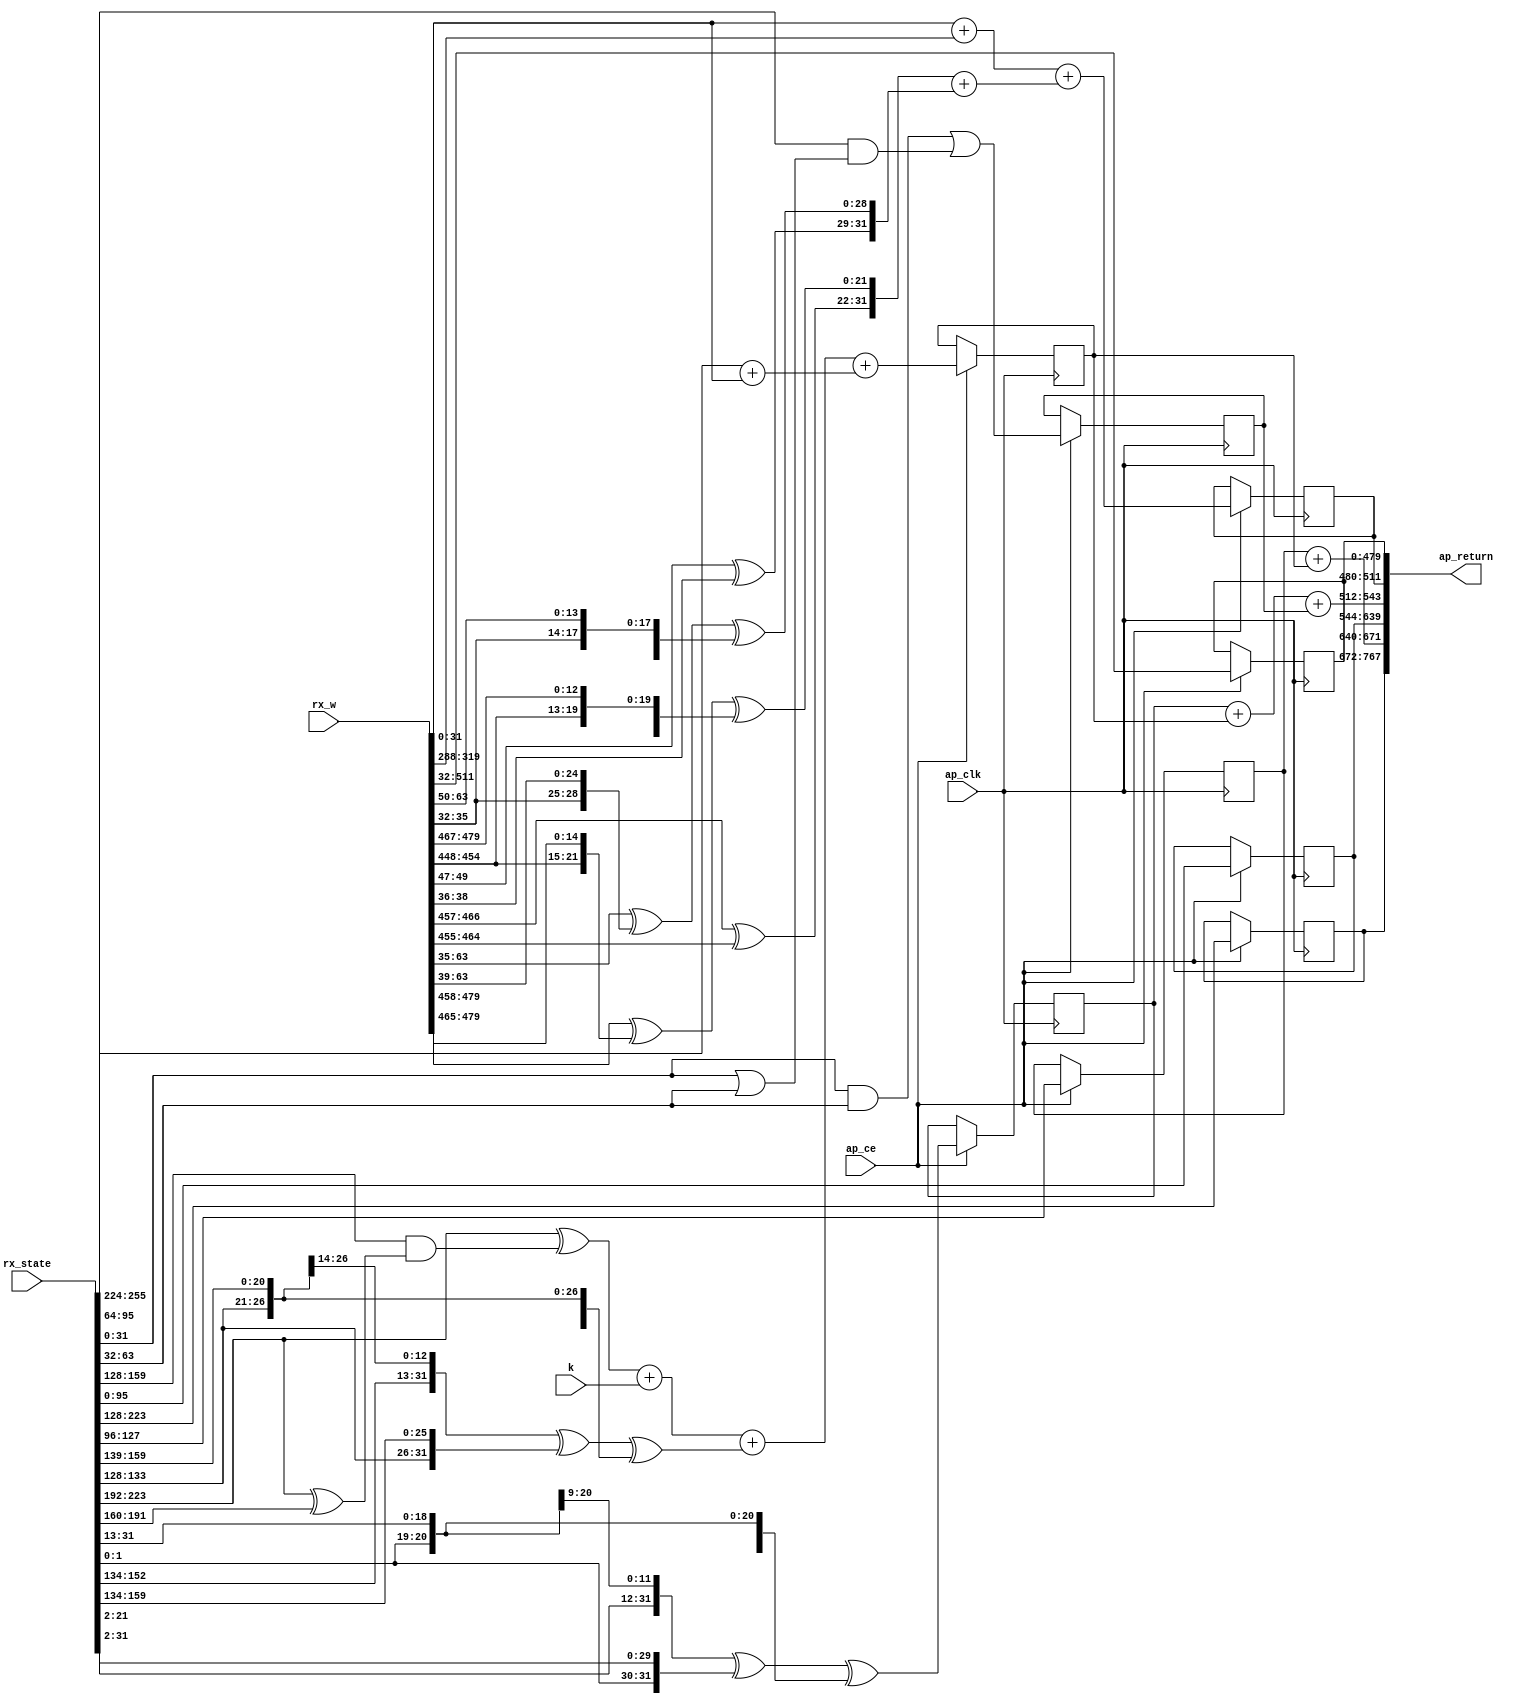
// ==============================================================
// RTL generated by Vitis HLS - High-Level Synthesis from C, C++ and OpenCL v2020.2 (64-bit)
// Version: 2020.2
// Copyright (C) Copyright 1986-2020 Xilinx, Inc. All Rights Reserved.
// 
// ===========================================================

`timescale 1 ns / 1 ps 

module sha256_fpga_sha256_digester (
        ap_clk,
        k,
        rx_state,
        rx_w,
        ap_return,
        ap_ce
);


input   ap_clk;
input  [31:0] k;
input  [255:0] rx_state;
input  [511:0] rx_w;
output  [767:0] ap_return;
input   ap_ce;

wire   [31:0] ret_fu_272_p2;
reg   [31:0] ret_reg_815;
wire    ap_block_state1_pp0_stage0_iter0;
wire    ap_block_state2_pp0_stage0_iter1;
wire    ap_block_pp0_stage0_11001;
wire   [31:0] ret_5_fu_460_p2;
reg   [31:0] ret_5_reg_820;
wire   [31:0] t1_V_fu_722_p2;
reg   [31:0] t1_V_reg_825;
wire   [31:0] new_w_V_fu_750_p2;
reg   [31:0] new_w_V_reg_831;
reg   [479:0] p_Result_27_reg_836;
reg   [31:0] p_Result_28_reg_841;
reg   [95:0] tmp_reg_846;
wire   [95:0] trunc_ln312_fu_786_p1;
reg   [95:0] trunc_ln312_reg_851;
wire    ap_block_pp0_stage0;
wire   [1:0] trunc_ln674_fu_210_p1;
wire   [29:0] p_Result_s_fu_200_p4;
wire   [12:0] trunc_ln674_1_fu_232_p1;
wire   [18:0] p_Result_6_fu_222_p4;
wire   [21:0] trunc_ln674_2_fu_254_p1;
wire   [9:0] p_Result_8_fu_244_p4;
wire   [31:0] temp0_V_fu_214_p3;
wire   [31:0] temp2_V_fu_258_p3;
wire   [31:0] xor_ln1350_fu_266_p2;
wire   [31:0] temp1_V_fu_236_p3;
wire   [5:0] p_Result_4_fu_298_p4;
wire   [25:0] p_Result_3_fu_288_p4;
wire   [10:0] p_Result_7_fu_326_p4;
wire   [20:0] p_Result_5_fu_316_p4;
wire   [24:0] p_Result_10_fu_354_p4;
wire   [6:0] p_Result_9_fu_344_p4;
wire   [31:0] temp0_V_1_fu_308_p3;
wire   [31:0] temp2_V_1_fu_364_p3;
wire   [31:0] xor_ln1350_2_fu_372_p2;
wire   [31:0] temp1_V_1_fu_336_p3;
wire   [31:0] z_V_fu_394_p4;
wire   [31:0] y_V_fu_384_p4;
wire   [31:0] ret_2_fu_404_p2;
wire   [31:0] x_V_1_fu_278_p4;
wire   [31:0] ret_3_fu_410_p2;
wire   [31:0] p_Result_11_fu_422_p4;
wire   [31:0] x_V_fu_196_p1;
wire   [31:0] p_Result_12_fu_432_p4;
wire   [31:0] or_ln1349_fu_442_p2;
wire   [31:0] and_ln1349_1_fu_454_p2;
wire   [31:0] and_ln1349_fu_448_p2;
wire   [2:0] p_Result_14_fu_476_p4;
wire   [2:0] p_Result_13_fu_466_p4;
wire   [3:0] p_Result_16_fu_502_p4;
wire   [24:0] p_Result_15_fu_492_p4;
wire   [14:0] p_Result_18_fu_530_p4;
wire   [13:0] p_Result_17_fu_520_p4;
wire   [28:0] temp1_V_2_fu_512_p3;
wire   [28:0] temp3_V_fu_548_p4;
wire   [28:0] xor_ln1350_6_fu_558_p2;
wire   [28:0] temp2_V_2_fu_540_p3;
wire   [2:0] temp0_V_2_fu_486_p2;
wire   [28:0] ret_6_fu_564_p2;
wire   [9:0] p_Result_20_fu_588_p4;
wire   [9:0] p_Result_19_fu_578_p4;
wire   [6:0] p_Result_22_fu_614_p4;
wire   [14:0] p_Result_21_fu_604_p4;
wire   [8:0] p_Result_24_fu_642_p4;
wire   [12:0] p_Result_23_fu_632_p4;
wire   [21:0] temp1_V_3_fu_624_p3;
wire   [21:0] temp3_V_1_fu_660_p4;
wire   [21:0] xor_ln1350_8_fu_670_p2;
wire   [21:0] temp2_V_3_fu_652_p3;
wire   [9:0] temp0_V_3_fu_598_p2;
wire   [21:0] ret_7_fu_676_p2;
wire   [31:0] p_Result_25_fu_690_p4;
wire   [31:0] trunc_ln674_3_fu_700_p1;
wire   [31:0] ret_4_fu_416_p2;
wire   [31:0] add_ln208_1_fu_710_p2;
wire   [31:0] ret_1_fu_378_p2;
wire   [31:0] add_ln208_2_fu_716_p2;
wire   [31:0] add_ln208_fu_704_p2;
wire   [31:0] p_Result_1_fu_682_p3;
wire   [31:0] p_Result_s_25_fu_570_p3;
wire   [31:0] p_Result_26_fu_728_p4;
wire   [31:0] add_ln208_5_fu_744_p2;
wire   [31:0] add_ln208_4_fu_738_p2;
wire   [31:0] add_ln215_9_fu_794_p2;
wire   [31:0] add_ln215_fu_790_p2;
wire   [31:0] add_ln215_8_fu_798_p2;
wire    ap_ce_reg;

always @ (posedge ap_clk) begin
    if (((1'b0 == ap_block_pp0_stage0_11001) & (1'b1 == ap_ce))) begin
        new_w_V_reg_831 <= new_w_V_fu_750_p2;
        p_Result_27_reg_836 <= {{rx_w[511:32]}};
        p_Result_28_reg_841 <= {{rx_state[127:96]}};
        ret_5_reg_820 <= ret_5_fu_460_p2;
        ret_reg_815 <= ret_fu_272_p2;
        t1_V_reg_825 <= t1_V_fu_722_p2;
        tmp_reg_846 <= {{rx_state[223:128]}};
        trunc_ln312_reg_851 <= trunc_ln312_fu_786_p1;
    end
end

assign add_ln208_1_fu_710_p2 = (ret_4_fu_416_p2 + k);

assign add_ln208_2_fu_716_p2 = (add_ln208_1_fu_710_p2 + ret_1_fu_378_p2);

assign add_ln208_4_fu_738_p2 = (p_Result_1_fu_682_p3 + p_Result_s_25_fu_570_p3);

assign add_ln208_5_fu_744_p2 = (trunc_ln674_3_fu_700_p1 + p_Result_26_fu_728_p4);

assign add_ln208_fu_704_p2 = (p_Result_25_fu_690_p4 + trunc_ln674_3_fu_700_p1);

assign add_ln215_8_fu_798_p2 = (add_ln215_9_fu_794_p2 + ret_5_reg_820);

assign add_ln215_9_fu_794_p2 = (ret_reg_815 + t1_V_reg_825);

assign add_ln215_fu_790_p2 = (p_Result_28_reg_841 + t1_V_reg_825);

assign and_ln1349_1_fu_454_p2 = (p_Result_12_fu_432_p4 & or_ln1349_fu_442_p2);

assign and_ln1349_fu_448_p2 = (x_V_fu_196_p1 & p_Result_11_fu_422_p4);

assign ap_block_pp0_stage0 = ~(1'b1 == 1'b1);

assign ap_block_pp0_stage0_11001 = ~(1'b1 == 1'b1);

assign ap_block_state1_pp0_stage0_iter0 = ~(1'b1 == 1'b1);

assign ap_block_state2_pp0_stage0_iter1 = ~(1'b1 == 1'b1);

assign ap_return = {{{{{{tmp_reg_846}, {add_ln215_fu_790_p2}}, {trunc_ln312_reg_851}}, {add_ln215_8_fu_798_p2}}, {new_w_V_reg_831}}, {p_Result_27_reg_836}};

assign new_w_V_fu_750_p2 = (add_ln208_5_fu_744_p2 + add_ln208_4_fu_738_p2);

assign or_ln1349_fu_442_p2 = (x_V_fu_196_p1 | p_Result_11_fu_422_p4);

assign p_Result_10_fu_354_p4 = {{rx_state[152:128]}};

assign p_Result_11_fu_422_p4 = {{rx_state[63:32]}};

assign p_Result_12_fu_432_p4 = {{rx_state[95:64]}};

assign p_Result_13_fu_466_p4 = {{rx_w[38:36]}};

assign p_Result_14_fu_476_p4 = {{rx_w[49:47]}};

assign p_Result_15_fu_492_p4 = {{rx_w[63:39]}};

assign p_Result_16_fu_502_p4 = {{rx_w[35:32]}};

assign p_Result_17_fu_520_p4 = {{rx_w[63:50]}};

assign p_Result_18_fu_530_p4 = {{rx_w[46:32]}};

assign p_Result_19_fu_578_p4 = {{rx_w[464:455]}};

assign p_Result_1_fu_682_p3 = {{temp0_V_3_fu_598_p2}, {ret_7_fu_676_p2}};

assign p_Result_20_fu_588_p4 = {{rx_w[466:457]}};

assign p_Result_21_fu_604_p4 = {{rx_w[479:465]}};

assign p_Result_22_fu_614_p4 = {{rx_w[454:448]}};

assign p_Result_23_fu_632_p4 = {{rx_w[479:467]}};

assign p_Result_24_fu_642_p4 = {{rx_w[456:448]}};

assign p_Result_25_fu_690_p4 = {{rx_state[255:224]}};

assign p_Result_26_fu_728_p4 = {{rx_w[319:288]}};

assign p_Result_3_fu_288_p4 = {{rx_state[159:134]}};

assign p_Result_4_fu_298_p4 = {{rx_state[133:128]}};

assign p_Result_5_fu_316_p4 = {{rx_state[159:139]}};

assign p_Result_6_fu_222_p4 = {{rx_state[31:13]}};

assign p_Result_7_fu_326_p4 = {{rx_state[138:128]}};

assign p_Result_8_fu_244_p4 = {{rx_state[31:22]}};

assign p_Result_9_fu_344_p4 = {{rx_state[159:153]}};

assign p_Result_s_25_fu_570_p3 = {{temp0_V_2_fu_486_p2}, {ret_6_fu_564_p2}};

assign p_Result_s_fu_200_p4 = {{rx_state[31:2]}};

assign ret_1_fu_378_p2 = (xor_ln1350_2_fu_372_p2 ^ temp1_V_1_fu_336_p3);

assign ret_2_fu_404_p2 = (z_V_fu_394_p4 ^ y_V_fu_384_p4);

assign ret_3_fu_410_p2 = (x_V_1_fu_278_p4 & ret_2_fu_404_p2);

assign ret_4_fu_416_p2 = (z_V_fu_394_p4 ^ ret_3_fu_410_p2);

assign ret_5_fu_460_p2 = (and_ln1349_fu_448_p2 | and_ln1349_1_fu_454_p2);

assign ret_6_fu_564_p2 = (xor_ln1350_6_fu_558_p2 ^ temp2_V_2_fu_540_p3);

assign ret_7_fu_676_p2 = (xor_ln1350_8_fu_670_p2 ^ temp2_V_3_fu_652_p3);

assign ret_fu_272_p2 = (xor_ln1350_fu_266_p2 ^ temp1_V_fu_236_p3);

assign t1_V_fu_722_p2 = (add_ln208_2_fu_716_p2 + add_ln208_fu_704_p2);

assign temp0_V_1_fu_308_p3 = {{p_Result_4_fu_298_p4}, {p_Result_3_fu_288_p4}};

assign temp0_V_2_fu_486_p2 = (p_Result_14_fu_476_p4 ^ p_Result_13_fu_466_p4);

assign temp0_V_3_fu_598_p2 = (p_Result_20_fu_588_p4 ^ p_Result_19_fu_578_p4);

assign temp0_V_fu_214_p3 = {{trunc_ln674_fu_210_p1}, {p_Result_s_fu_200_p4}};

assign temp1_V_1_fu_336_p3 = {{p_Result_7_fu_326_p4}, {p_Result_5_fu_316_p4}};

assign temp1_V_2_fu_512_p3 = {{p_Result_16_fu_502_p4}, {p_Result_15_fu_492_p4}};

assign temp1_V_3_fu_624_p3 = {{p_Result_22_fu_614_p4}, {p_Result_21_fu_604_p4}};

assign temp1_V_fu_236_p3 = {{trunc_ln674_1_fu_232_p1}, {p_Result_6_fu_222_p4}};

assign temp2_V_1_fu_364_p3 = {{p_Result_10_fu_354_p4}, {p_Result_9_fu_344_p4}};

assign temp2_V_2_fu_540_p3 = {{p_Result_18_fu_530_p4}, {p_Result_17_fu_520_p4}};

assign temp2_V_3_fu_652_p3 = {{p_Result_24_fu_642_p4}, {p_Result_23_fu_632_p4}};

assign temp2_V_fu_258_p3 = {{trunc_ln674_2_fu_254_p1}, {p_Result_8_fu_244_p4}};

assign temp3_V_1_fu_660_p4 = {{rx_w[479:458]}};

assign temp3_V_fu_548_p4 = {{rx_w[63:35]}};

assign trunc_ln312_fu_786_p1 = rx_state[95:0];

assign trunc_ln674_1_fu_232_p1 = rx_state[12:0];

assign trunc_ln674_2_fu_254_p1 = rx_state[21:0];

assign trunc_ln674_3_fu_700_p1 = rx_w[31:0];

assign trunc_ln674_fu_210_p1 = rx_state[1:0];

assign x_V_1_fu_278_p4 = {{rx_state[159:128]}};

assign x_V_fu_196_p1 = rx_state[31:0];

assign xor_ln1350_2_fu_372_p2 = (temp2_V_1_fu_364_p3 ^ temp0_V_1_fu_308_p3);

assign xor_ln1350_6_fu_558_p2 = (temp3_V_fu_548_p4 ^ temp1_V_2_fu_512_p3);

assign xor_ln1350_8_fu_670_p2 = (temp3_V_1_fu_660_p4 ^ temp1_V_3_fu_624_p3);

assign xor_ln1350_fu_266_p2 = (temp2_V_fu_258_p3 ^ temp0_V_fu_214_p3);

assign y_V_fu_384_p4 = {{rx_state[191:160]}};

assign z_V_fu_394_p4 = {{rx_state[223:192]}};

endmodule //sha256_fpga_sha256_digester